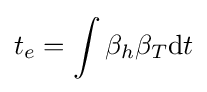
t_{e}=\int \beta _{h}\beta _{T}{\mbox{d}}t